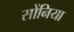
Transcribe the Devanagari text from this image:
सोंनिया